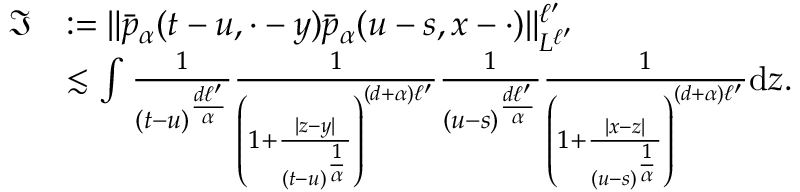
\begin{array} { r l } { \mathfrak { I } } & { : = \Vert \bar { p } _ { \alpha } ( t - u , \cdot - y ) \bar { p } _ { \alpha } ( u - s , x - \cdot ) \Vert _ { L ^ { \ell ^ { \prime } } } ^ { \ell ^ { \prime } } } \\ & { \lesssim \int \frac { 1 } { ( t - u ) ^ { \frac { d \ell ^ { \prime } } { \alpha } } } \frac { 1 } { \left( 1 + \frac { | z - y | } { ( t - u ) ^ { \frac { 1 } { \alpha } } } \right) ^ { ( d + \alpha ) \ell ^ { \prime } } } \frac { 1 } { ( u - s ) ^ { \frac { d \ell ^ { \prime } } { \alpha } } } \frac { 1 } { \left( 1 + \frac { | x - z | } { ( u - s ) ^ { \frac { 1 } { \alpha } } } \right) ^ { ( d + \alpha ) \ell ^ { \prime } } } \mathrm { d } z . } \end{array}